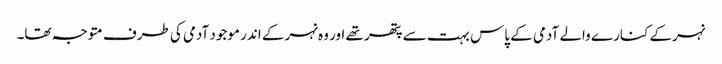
نہر کے کنارے والے آدمی کے پاس بہت سے پتھر تھے اور وہ نہر کے اندر موجود آدمی کی طرف متوجہ تھا۔